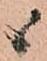
候